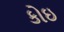
કોઇ